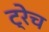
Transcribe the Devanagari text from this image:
ट्रेच